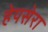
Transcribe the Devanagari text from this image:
हेपसेरा